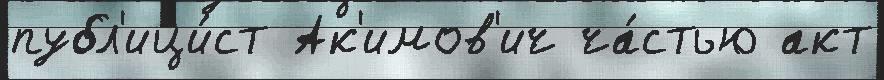
публ'ици́ст Ак'имов'ич ча́стью акт